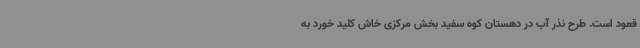
قعود است. طرح نذر آب در دهستان کوه سفید بخش مرکزی خاش کلید خورد به